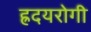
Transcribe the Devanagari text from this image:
ह्रदयरोगी